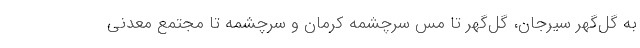
به گل‌گهر سیرجان، گل‌گهر تا مس سرچشمه کرمان و سرچشمه تا مجتمع معدنی